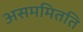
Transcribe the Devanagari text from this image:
असममितति